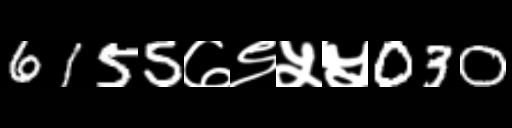
Text: 6155७९५५030